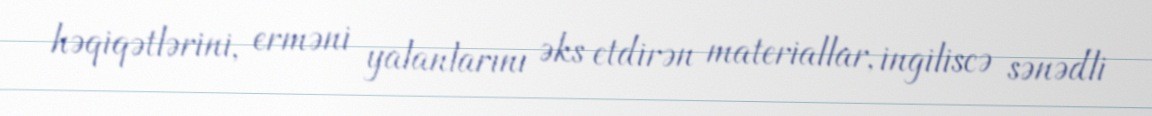
həqiqətlərini, erməni yalanlarını əks etdirən materiallar, ingiliscə sənədli